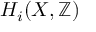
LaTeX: H _ { i } ( X , \mathbb { Z } )